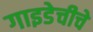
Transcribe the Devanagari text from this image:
गाइडेचीचे